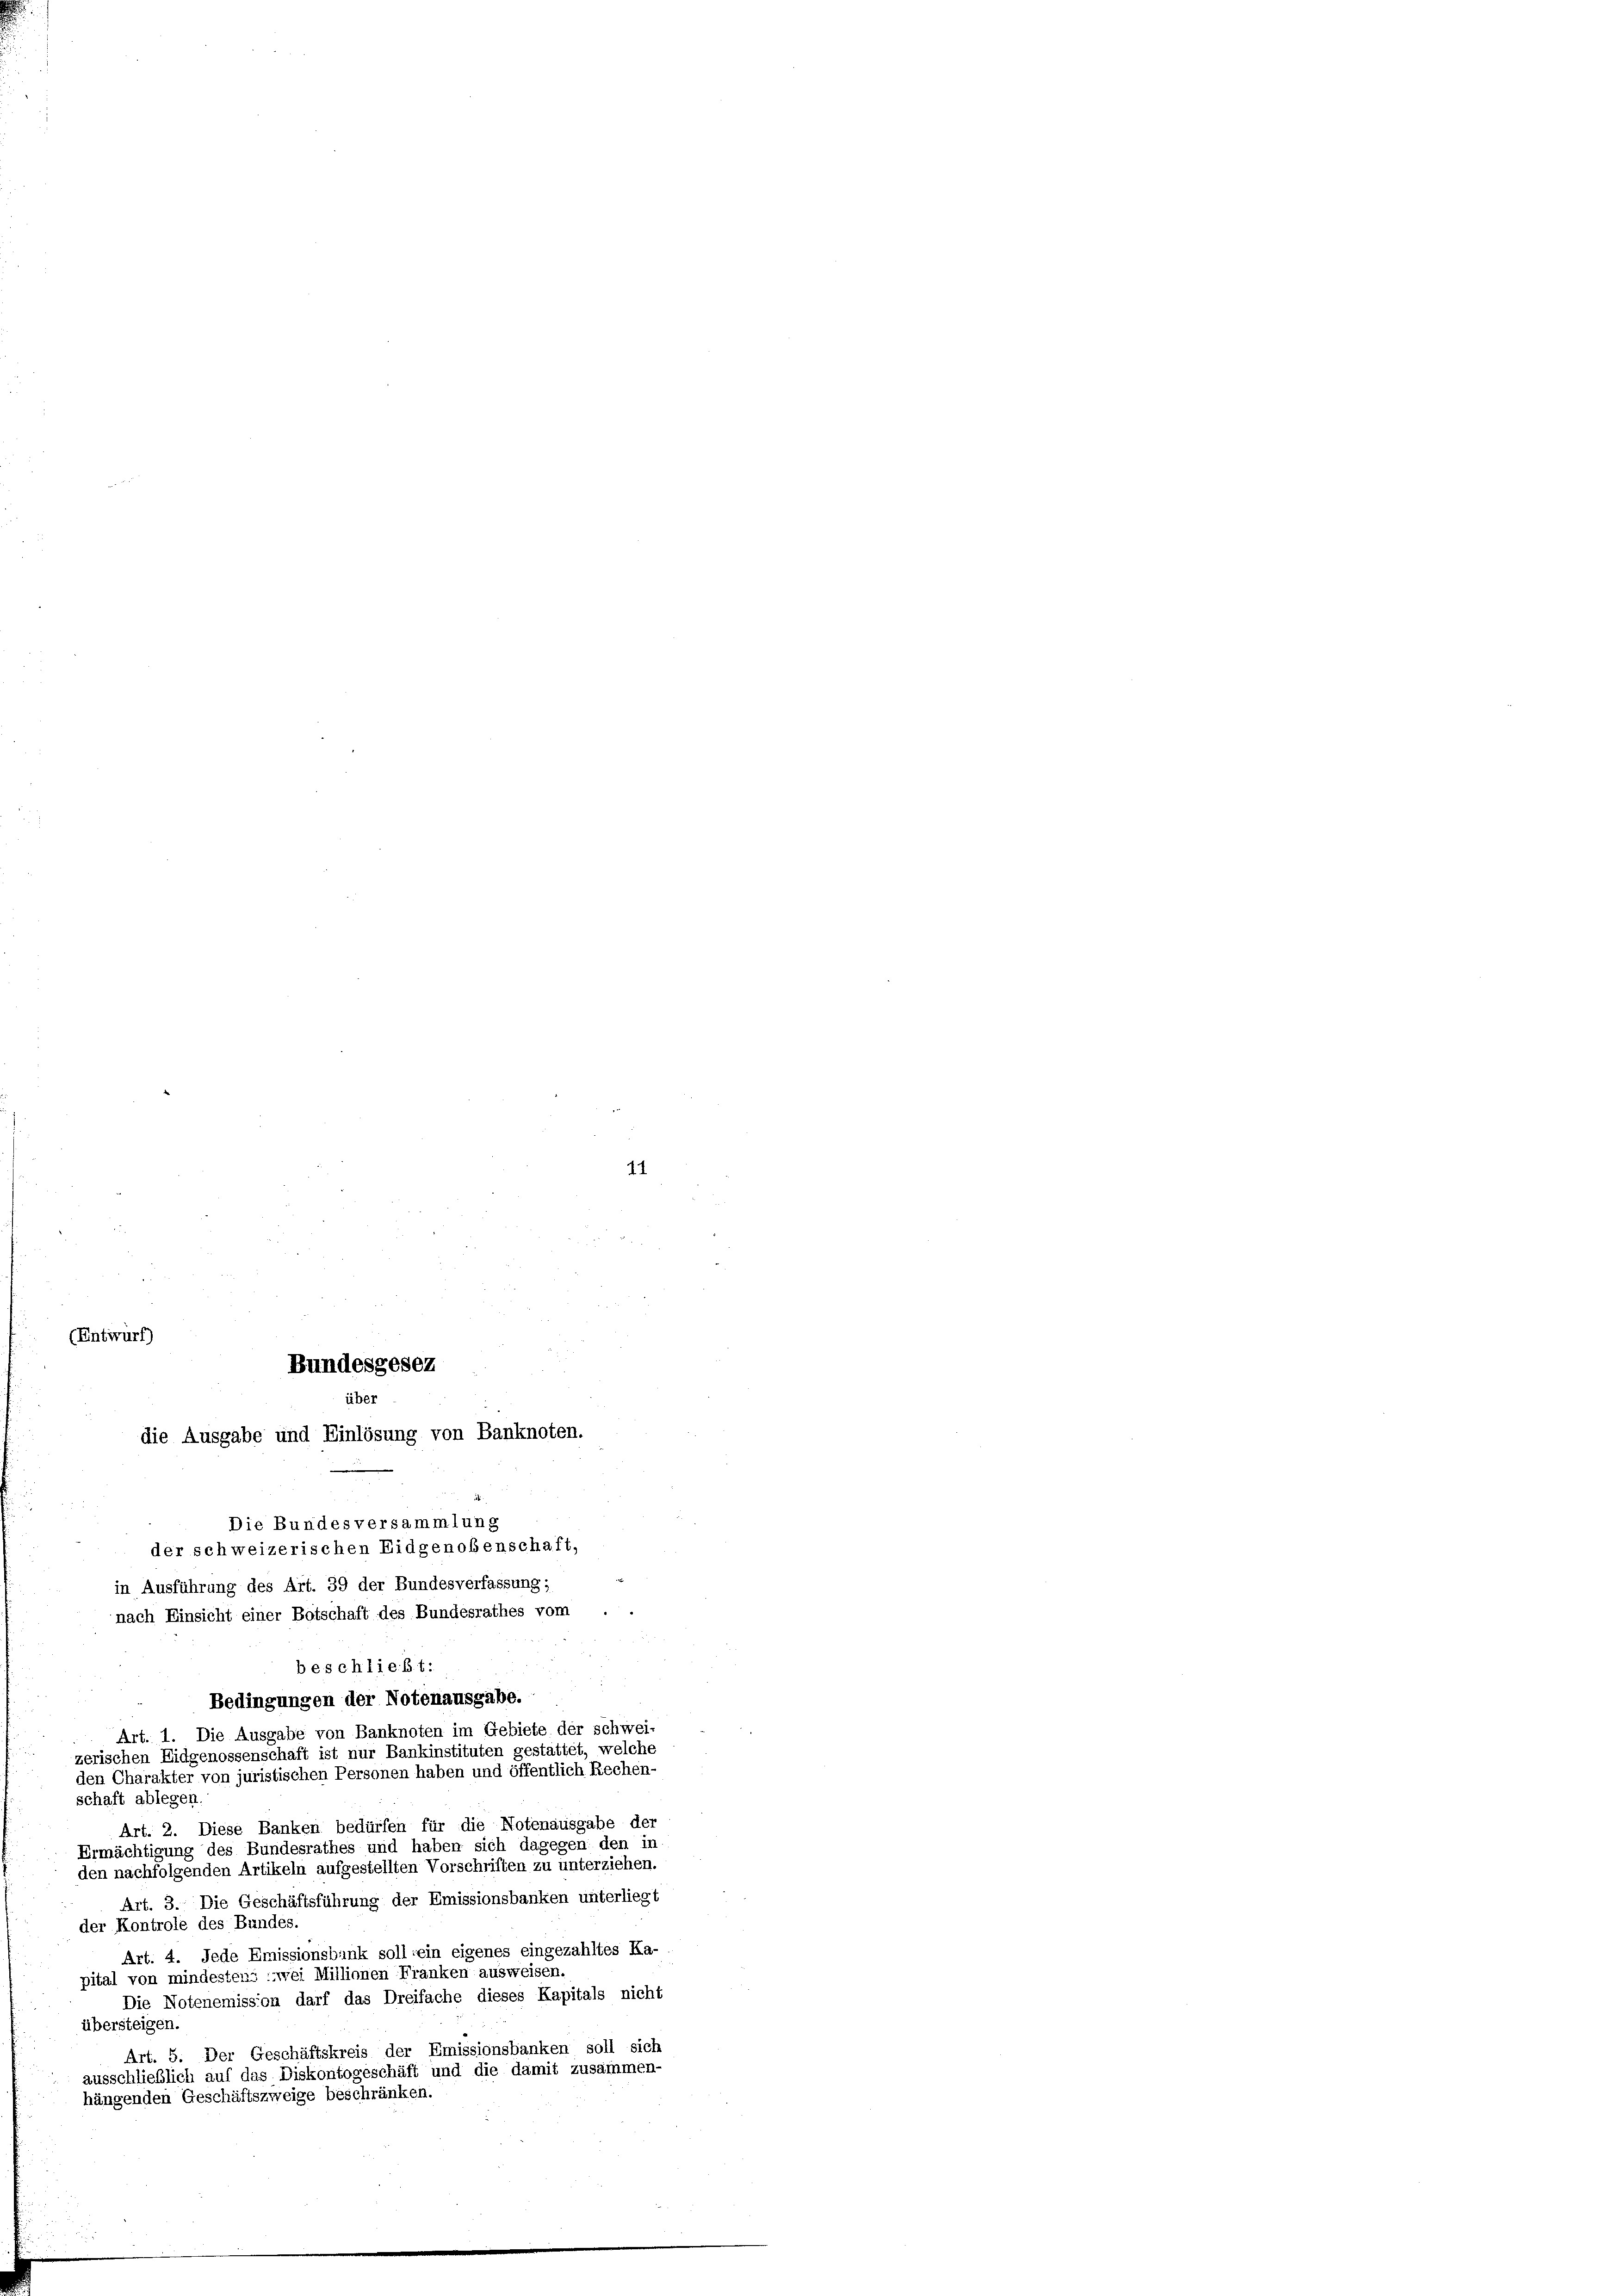
(Entwurf)

Bundesgesez
über
die Ausgabe und Einlösung von Banknoten.

Die Bundesversammlung
der schweizerischen Eidgenoßenschaft,
in Ausführung des Art. 39 der Bundesverfassung;
nach Einsicht einer Botschaft des Bundesrathes vom
Bedingungen der Notenausgabe.
Art. 1. Die Ausgabe von Banknoten im Gebiete der schwei-
zerischen Eidgenossenschaft ist nur Bankinstituten gestattet, welche
den Charakter von juristischen Personen haben und öffentlich Rechen-
schaft ablegen
Art. 2. Diese Banken bedürfen für die Notenausgabe der
Ermächtigung des Bundesrathes und haben sich dagegen den in
den nachfolgenden Artikeln aufgestellten Vorschriften zu unterziehen.
Art. 3. Die Geschäftsführung der Emissionsbanken unterliegt
der Kontrole des Bundes
Art. 4. Jede Emissionsbank soll ein eigenes eingezahltes Ka-
pital von mindestens zwei Millionen Franken ausweisen.
Die Notenemission darf das Dreifache dieses Kapitals nicht
übersteigen.
Art. 5. Der Geschäftskreis der Emissionsbanken soll sich
ausschließlich auf das Diskontogeschäft und die damit zusammen-
hängenden Geschäftszweige beschränken.

beschließt:

11